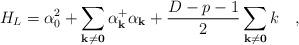
LaTeX: \begin{align*}H_{L}=\alpha^{2}_{0}+\sum _{\bf {k\neq 0}} \alpha^{+}_{\bf k}\alpha_{\bf k}+\frac{D-p-1}{2}\sum _{\bf {k\neq 0}}k\quad ,\end{align*}